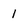
Character: 1